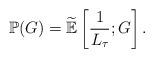
LaTeX: \begin{align*}\mathbb{P}(G) = \widetilde{\mathbb{E}}\left[ \frac{1}{L_\tau}; G \right].\end{align*}